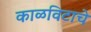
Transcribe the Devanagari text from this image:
काळविटाचे